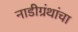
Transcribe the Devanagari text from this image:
नाडीग्रंथांचा